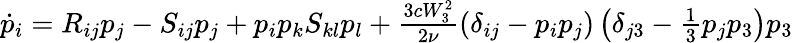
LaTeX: \begin{array}{r}{\dot{p}_{i}=R_{ij}p_{j}-S_{ij}p_{j}+p_{i}p_{k}S_{kl}p_{l}+\frac{3cW_{3}^{2}}{2\nu}(\delta_{ij}-p_{i}p_{j})\left(\delta_{j3}-\frac{1}{3}p_{j}p_{3}\right)p_{3}}\end{array}